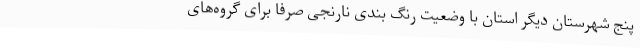
پنج شهرستان دیگر استان با وضعیت رنگ بندی نارنجی صرفا برای گروه‌های